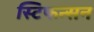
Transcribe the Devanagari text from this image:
स्टिफन्सन